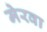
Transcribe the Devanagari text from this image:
मेरवा